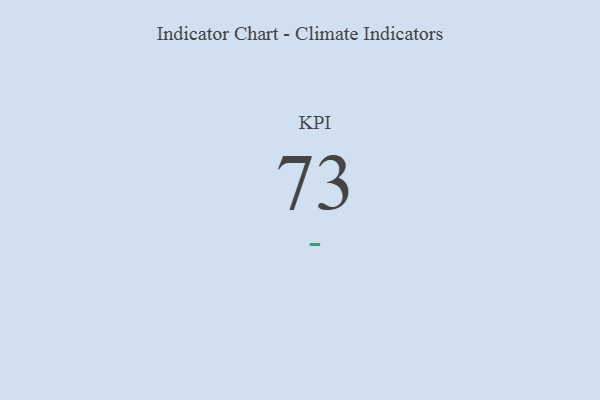
{"axis": {"x": "KPI", "y": "Value"}, "legend": [""], "data": [{"x": "KPI", "y": 73, "type": ""}]}